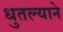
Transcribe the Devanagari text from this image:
धुतल्याने